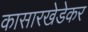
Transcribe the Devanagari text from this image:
कासारखेडेकर